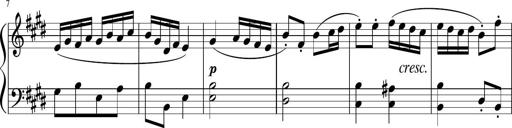
Title: 12 Keyboard Sonatinas
Composer: James Hook